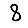
Digit: 8